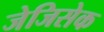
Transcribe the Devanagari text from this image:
जेजिसेक